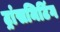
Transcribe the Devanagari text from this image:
ट्रांसमिटिंग